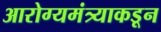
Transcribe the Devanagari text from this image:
आरोग्यमंत्र्याकडून